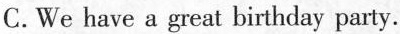
C. We have a great birthday party.